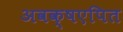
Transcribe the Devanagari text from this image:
अवक्षएपित